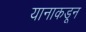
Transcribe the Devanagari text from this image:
यानाकडून